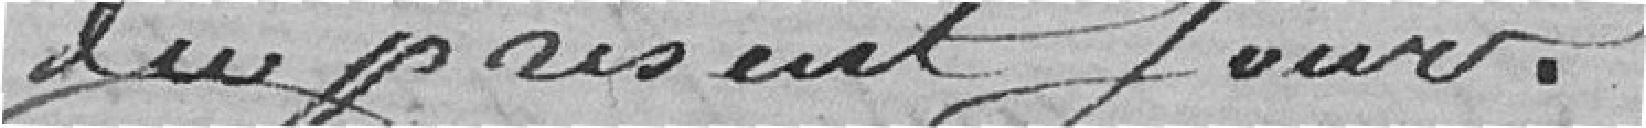
du présent jour.